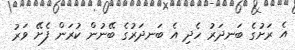
އެ ރަށުގެ ބަނދަރު ހެދި އެ ބަނދަރުގެ ބޭނުން ކުރަން ފެށޭ ވަރު